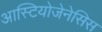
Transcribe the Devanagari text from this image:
आस्टियोजेनेसिस